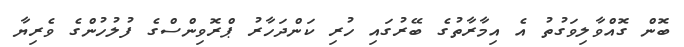
ބޮން ގޮއްވާލިވަގުތު އެ އިމާރާތުގެ ބޭރުގައި ހުރި ކަންދަހާރު ޕްރޮވިންސްގެ ފުލުހުންގެ ވެރިޔާ